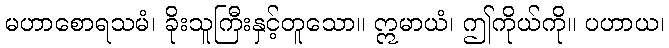
မဟာစောရသမံ၊ ခိုးသူကြီးနှင့်တူသော။ ဣမာယံ၊ ဤကိုယ်ကို။ ပဟာယ၊